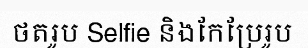
ថតរូប Selfie និងកែប្រែរូប